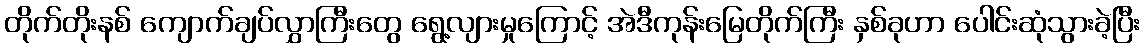
တိုက်တိုးနစ် ကျောက်ချပ်လွှာကြီးတွေ ရွေ့လျားမှုကြောင့် အဲဒီကုန်းမြေတိုက်ကြီး နှစ်ခုဟာ ပေါင်းဆုံသွားခဲ့ပြီး